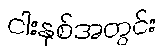
ငါးနှစ်အတွင်း